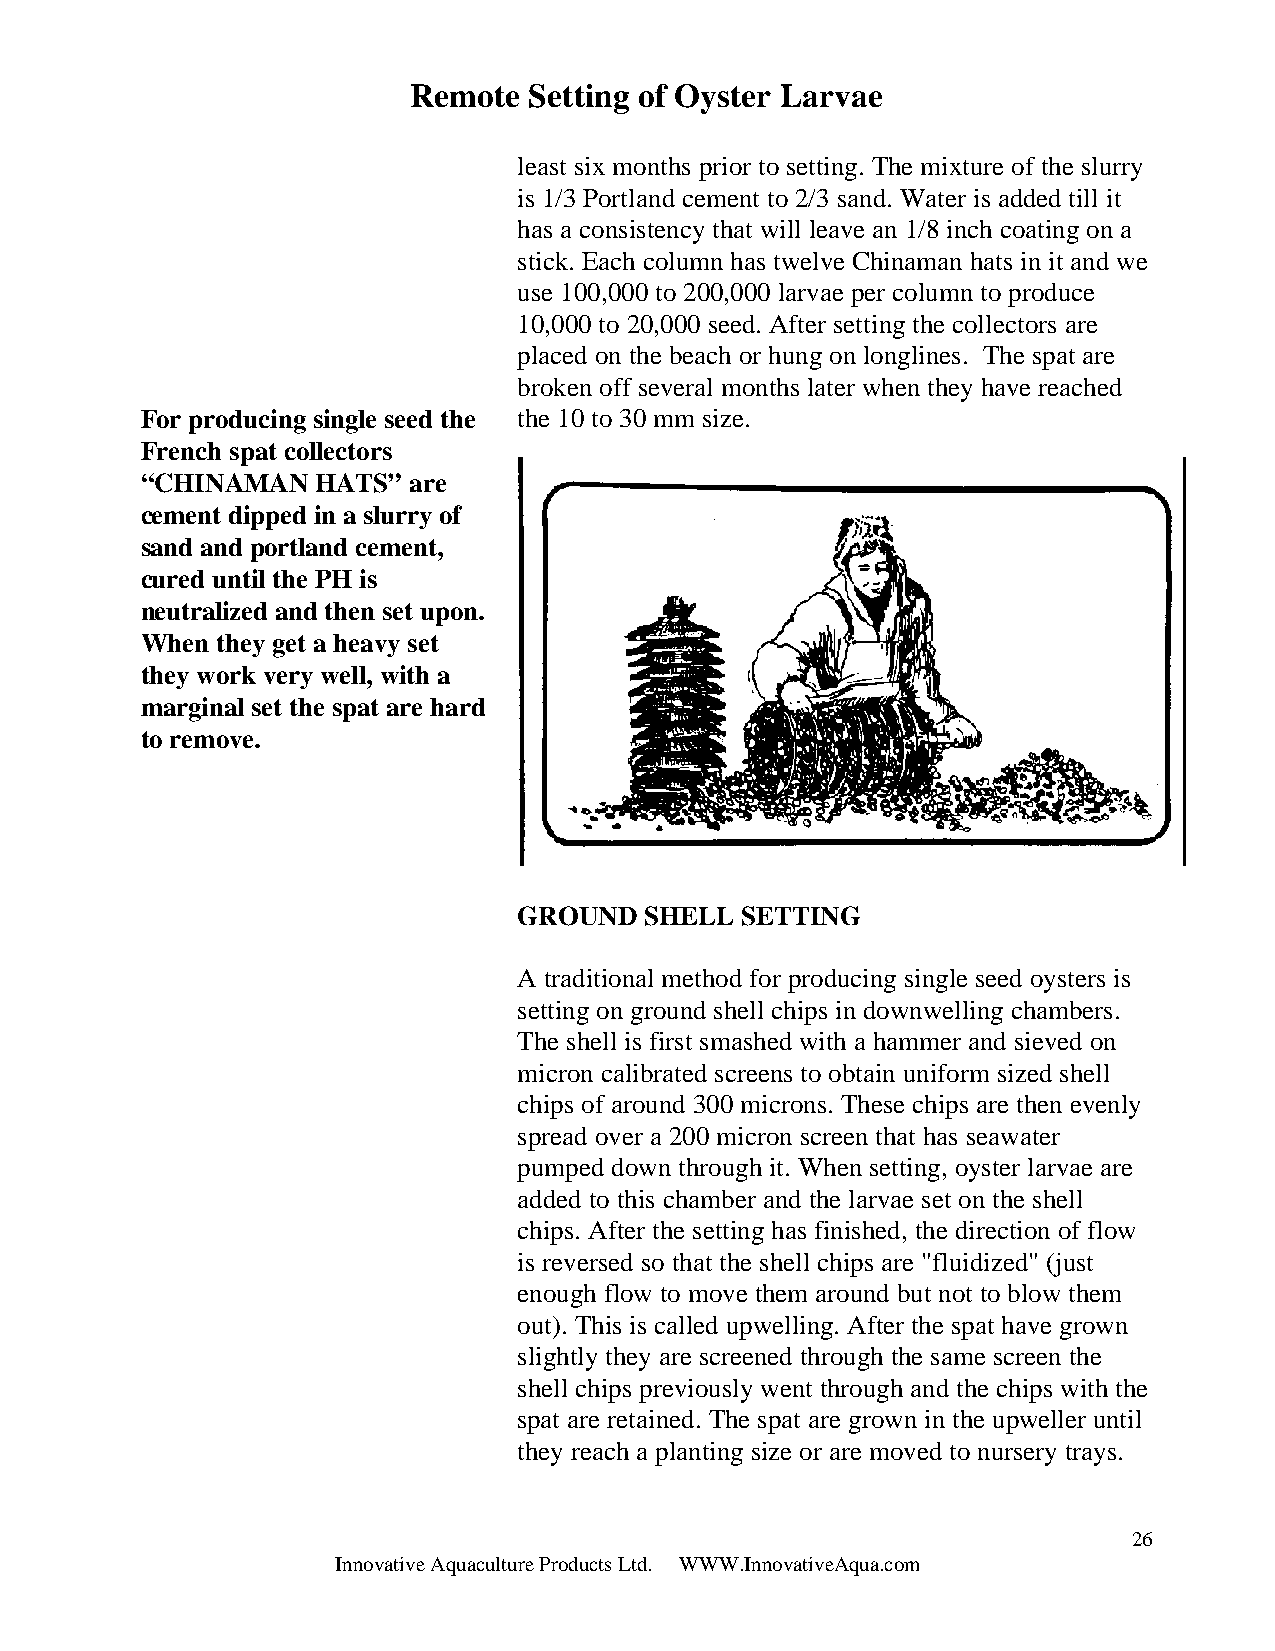
Remote  Setting of Oyster Larvae
 least six months prior to setting. The mixture of the slurry
 is 1/3 Portland cement to 2/3 sand. Water is added till it
 has a consistency that will leave an 1/8 inch coating on a
 stick. Each column has twelve Chinaman hats in it and we
 use 100,000 to 200,000 larvae per column to produce
 10,000 to 20,000 seed. After setting the collectors are
 placed on the beach or hung on longlines. The spat are
 broken off several months later when they have reached
 For producing single seed the the 10 to 30 mm size.
 French spat collectors
 “CHINAMAN   HATS” are
 cement dipped in a slurry of
 sand and portland cement,
 cured until the PH is
 neutralized and then set upon.
 When they get a heavy set
 they work very well, with a
 marginal set the spat are hard
 to remove.
 GROUND   SHELL SETTING
 A traditional method for producing single seed oysters is
 setting on ground shell chips in downwelling chambers.
 The shell is first smashed with a hammer and sieved on
 micron calibrated screens to obtain uniform sized shell
 chips of around 300 microns. These chips are then evenly
 spread over a 200 micron screen that has seawater
 pumped down through it. When setting, oyster larvae are
 added to this chamber and the larvae set on the shell
 chips. After the setting has finished, the direction of flow
 is reversed so that the shell chips are "fluidized" (just
 enough flow to move them around but not to blow them
 out). This is called upwelling. After the spat have grown
 slightly they are screened through the same screen the
 shell chips previously went through and the chips with the
 spat are retained. The spat are grown in the upweller until
 they reach a planting size or are moved to nursery trays.
 26
 Innovative Aquaculture Products Ltd. WWW.InnovativeAqua.com